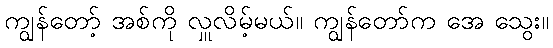
ကျွန်တော့် အစ်ကို လှူလိမ့်မယ်။ ကျွန်တော်က အေ သွေး။